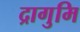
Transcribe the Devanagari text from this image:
द्रागुमि